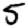
Digit: 5